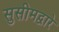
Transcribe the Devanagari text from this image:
सुसीमद्वारे